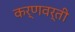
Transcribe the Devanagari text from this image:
कर्णवर्ती